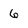
Character: 6